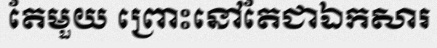
តែមួយ ព្រោះនៅតែជាឯកសារ